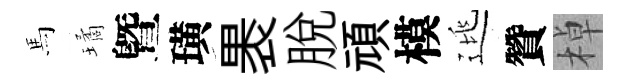
馬璚曁璜褁脫頑模逃贊棹